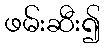
ဖမ်းဆီး၍